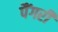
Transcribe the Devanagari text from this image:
पैंगरी